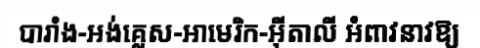
បារាំង-អង់គ្លេស-អាមេរិក-អ៊ីតាលី អំពាវនាវឱ្យ